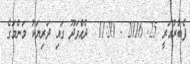
ފެބްރުއަރީ 25